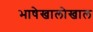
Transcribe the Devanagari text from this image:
भाषेखालोखाल